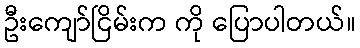
ဦးကျော်ငြိမ်းက ကို ပြောပါတယ်။